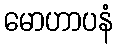
မောဟာပနံ